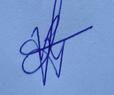
Signature authenticity: genuine